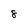
Character: 8